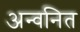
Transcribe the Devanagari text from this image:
अन्वनित